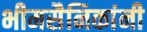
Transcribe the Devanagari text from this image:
भीमसैनिकांनी